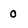
Character: 0